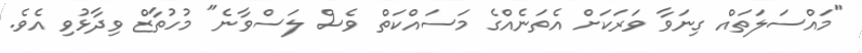
"މައްސަލަތައް ގިނަވާ ވަރަކަށް އެތަނެއްގެ މަސައްކަތް ވެސް ލަސްވާނެ" މުހުތާޒް ވިދާޅުވި އެވެ.